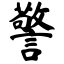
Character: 警